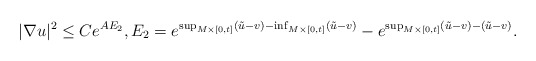
\begin{align*}|\nabla u |^2 \leq C e^{A E_2} ,E_2 = e^{\sup_{M\times [0,t] }(\tilde u - v) - \inf_{M \times [0,t] } (\tilde u - v)} - e^{ \sup_{M\times [0,t]} (\tilde u - v) - (\tilde u - v)}.\end{align*}